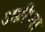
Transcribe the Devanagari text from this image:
अग्रीप्पा